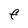
Character: F